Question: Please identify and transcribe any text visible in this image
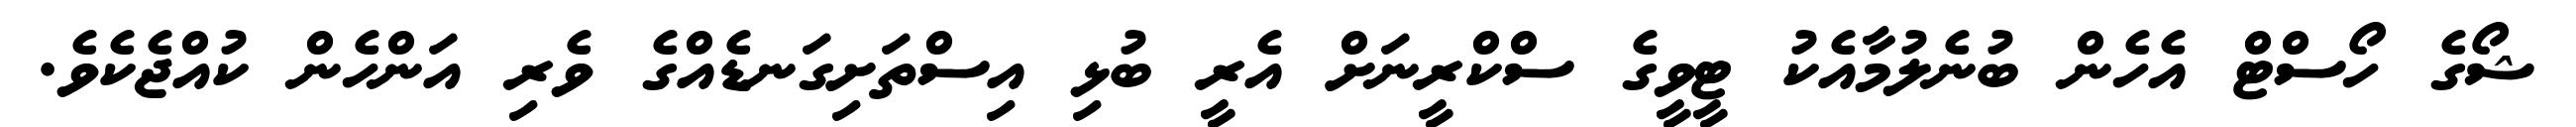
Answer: ޝޯގެ ހޯސްޓް އެހެން ބުނެލުމާއެކު ޓީވީގެ ސްކްރީނަށް އެރީ ބުޅި އިސްތަށިގަނޑެއްގެ ވެރި އަންހެން ކުއްޖެކެވެ.